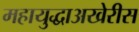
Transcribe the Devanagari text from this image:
महायुद्धाअखेरीस